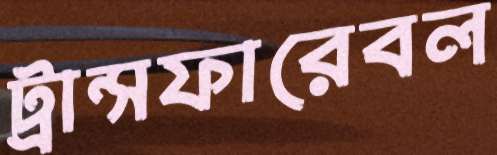
ট্রান্সফারেবল